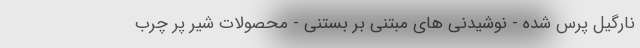
نارگیل پرس شده - نوشیدنی های مبتنی بر بستنی - محصولات شیر پر چرب